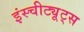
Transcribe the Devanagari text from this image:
इंस्चीट्यूट्स